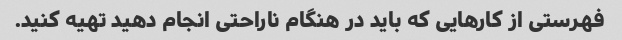
فهرستی از کارهایی که باید در هنگام ناراحتی انجام دهید تهیه کنید.